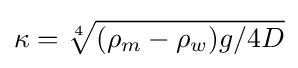
\kappa ={\sqrt[{4}]{(\rho _{m}-\rho _{w})g/4D}}